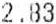
2.83